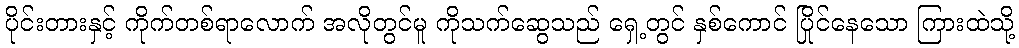
ပိုင်းတားနှင့် ကိုက်တစ်ရာလောက် အလိုတွင်မူ ကိုသက်ဆွေသည် ရှေ့တွင် နှစ်ကောင် ပြိုင်နေသော ကြားထဲသို့